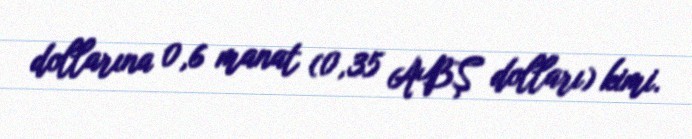
dollarına 0,6 manat (0,35 ABŞ dolları) kimi.